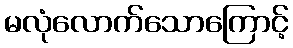
မလုံလောက်သောကြောင့်